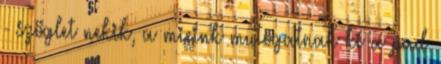
- szöglet nekik, a mieink mutogatnak ki a pad